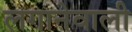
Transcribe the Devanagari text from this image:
लगानेवाली